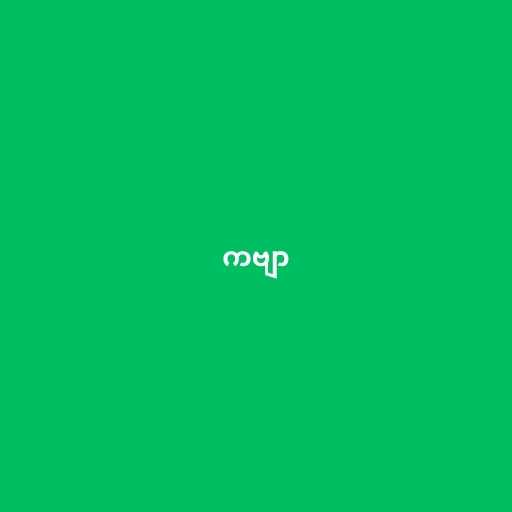
ကဗျာ